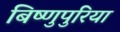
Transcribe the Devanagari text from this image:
बिष्णुपुरिया